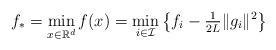
LaTeX: \begin{align*} f_* = \min_{x\in\mathbb{R}^d} f(x) = \min_{i\in \mathcal{I}} \big\{ f_i - \tfrac{1}{2L} \|g_i\|^2 \big\}\end{align*}